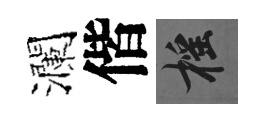
瀾偕摇